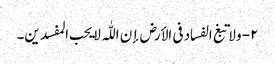
۲- ولا تبغ الفساد فی الأرض إن اللّٰہ لا یحب المفسدین۔